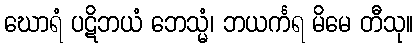
ဃောရံ ပဋိဘယံ ဘေသ္မံ၊ ဘယင်္ကရ မိမေ တီသု။